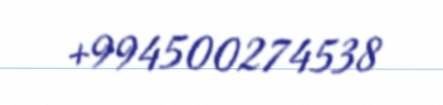
+994500274538